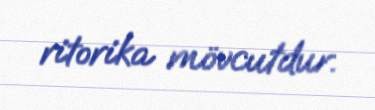
ritorika mövcutdur.